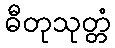
ဓီတုသုတ္တံ